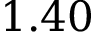
1 . 4 0